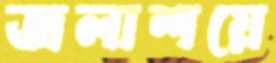
জলাশয়ে